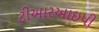
ટીઆરઆઇપી